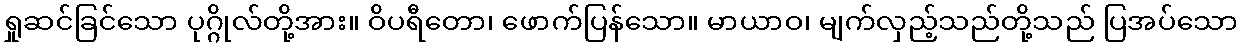
ရှုဆင်ခြင်သော ပုဂ္ဂိုလ်တို့အား။ ဝိပရီတော၊ ဖောက်ပြန်သော။ မာယာဝ၊ မျက်လှည့်သည်တို့သည် ပြအပ်သော